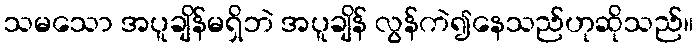
သမသော အပူချိန်မရှိဘဲ အပူချိန် လွန်ကဲ၍နေသည်ဟုဆိုသည်။